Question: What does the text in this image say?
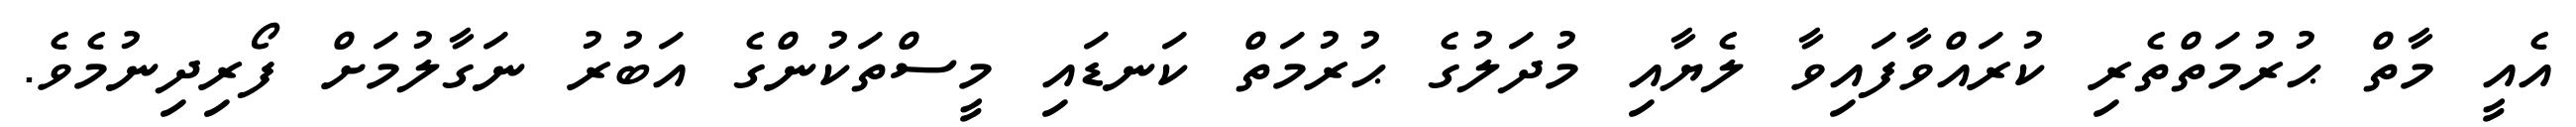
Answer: އެއީ މާތް ޙުރުމަތްތެރި ކުރައްވާފައިވާ ލެޔާއި މުދަލުގެ ޙުރުމަތް ކަނޑައި މީސްތަކުންގެ އަބުރު ނަގާލުމަށް ފޯރިދިނުމެވެ.